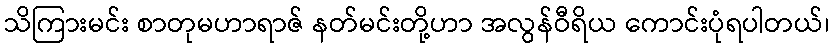
သိကြားမင်း စာတုမဟာရာဇ် နတ်မင်းတို့ဟာ အလွန်ဝီရိယ ကောင်းပုံရပါတယ်၊